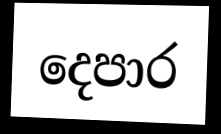
දෙපාර